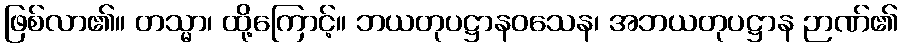
ဖြစ်လာ၏။ တသ္မာ၊ ထို့ကြောင့်။ ဘယတုပဋ္ဌာနဝသေန၊ အဘယတုပဋ္ဌာန ဉာဏ်၏